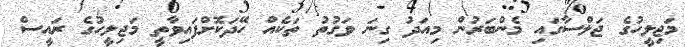
މަޖިލީހުގެ ޖަލްސާގައި މެންބަރުން މިއަދު ގިނަ ވަގުތު ތަކެއް ހޭދަކޮށްފައިވާތީ މަޖިލީހުގެ ރައީސް